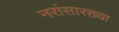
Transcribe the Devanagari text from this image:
नरांसारख्या